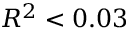
R ^ { 2 } < 0 . 0 3